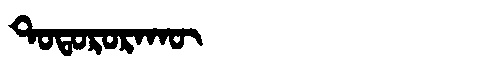
Manchu: ᡨᠣᡨᠣᡵᠣᡵᠠᡴᡡ
Romanization: TOTORORAKŪ